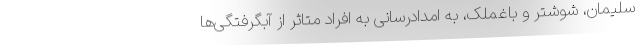
سلیمان، شوشتر و باغملک، به امدادرسانی به افراد متاثر از آبگرفتگی‌ها